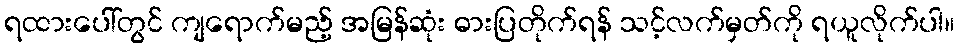
ရထားပေါ်တွင် ကျရောက်မည့် အမြန်ဆုံး ဓားပြတိုက်ရန် သင့်လက်မှတ်ကို ရယူလိုက်ပါ။